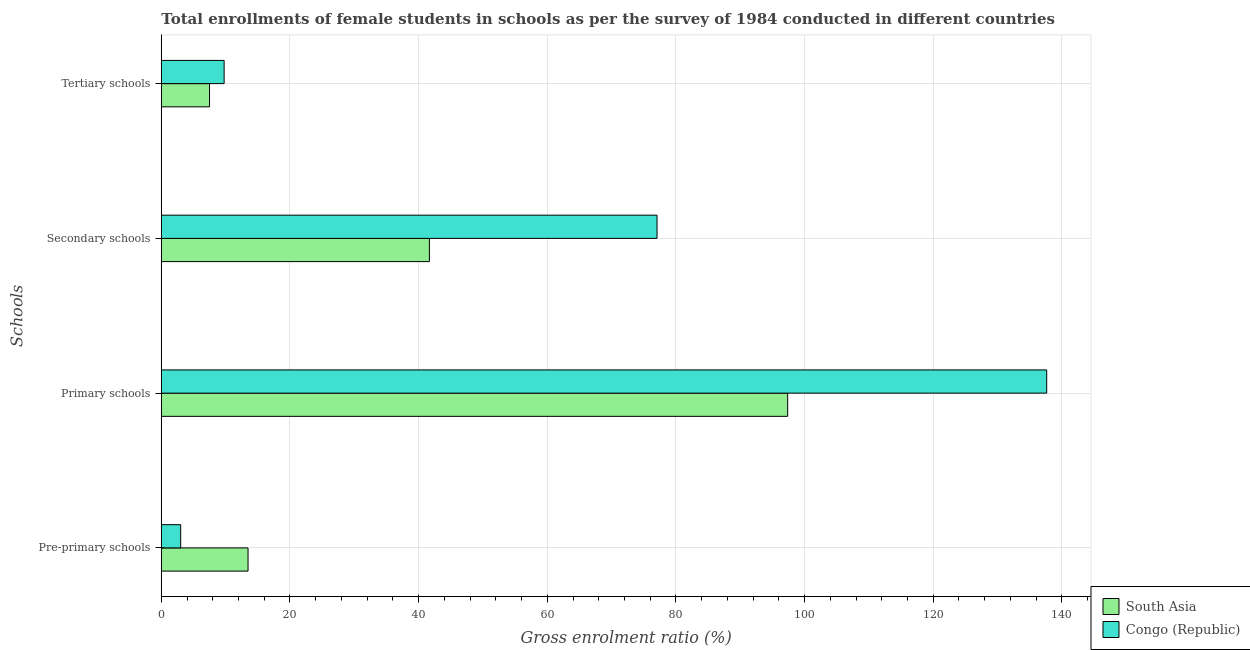
| Schools | South Asia | Congo (Republic) |
 | --- | --- | --- |
 | Pre-primary schools | 13.5 | 3.01 |
 | Primary schools | 97.4 | 138 |
 | Secondary schools | 41.7 | 77.1 |
 | Tertiary schools | 7.5 | 9.76 |